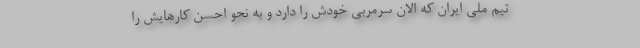
تیم ملی ایران که الان سرمربی خودش را دارد و به نحو احسن کارهایش را